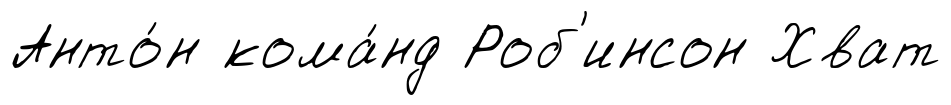
Анто́н кома́нд Роб'инсон Хват